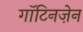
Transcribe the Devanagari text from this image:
गॉटिनज़ेन